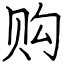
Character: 购